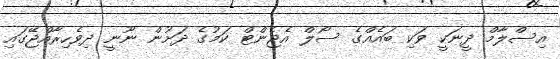
އިސްލާމް ދީނަކީ ވަކި ބައެއްގެ ސޯލް އެޖެންޓް ކަމުގެ ދަށުން ނޫނީ ދިވެހިރާއްޖޭގައި